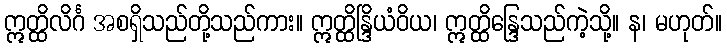
ဣတ္ထိလိင်္ဂ အစရှိသည်တို့သည်ကား။ ဣတ္ထိန္ဒြိယံဝိယ၊ ဣတ္ထိန္ဒြေသည်ကဲ့သို့။ န၊ မဟုတ်။